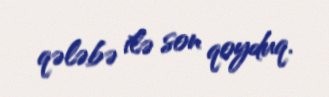
qələbə ilə son qoyduq.